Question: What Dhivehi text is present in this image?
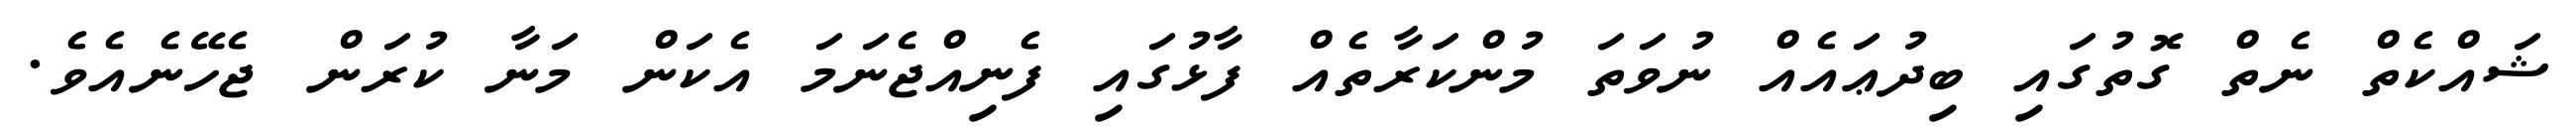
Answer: ޝައްކެތް ނެތް ގޮތުގައި ބިދުޢައެއް ނުވަތަ މުންކަރާތެއް ފާޅުގައި ފެނިއްޖެނަމަ އެކަން މަނާ ކުރަން ޖެހޭނެއެވެ.